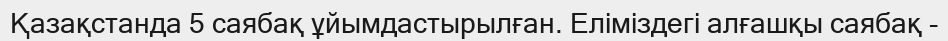
Қазақстанда 5 саябақ ұйымдастырылған. Еліміздегі алғашқы саябақ -